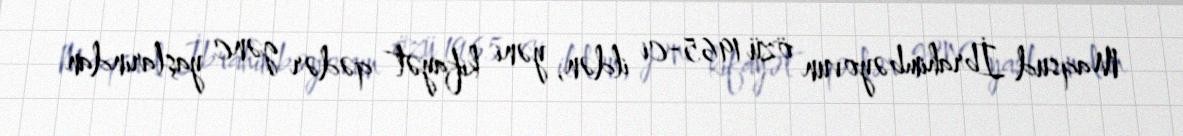
Maqsud İbrahimbəyovun özü 1965-ci ildən, yəni kifayət qədər gənc yaşlarından